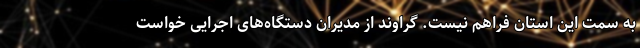
به سمت این استان فراهم نیست. گراوند از مدیران دستگاه‌های اجرایی خواست